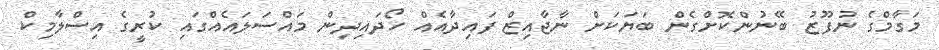
މަގާމްގެ ނުފޫޒު ބޭނުންކޮށްގެން ބަޔަކަށް ނާޖާއިޒް ފައިދާއެއް ހޯދައިދިން މައްސަލައެއްގައި ކުރީގެ އިސްލާމިކް